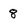
Character: 8